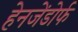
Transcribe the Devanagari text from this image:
हेनजेंडोर्फ